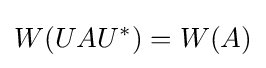
W(UAU^{*})=W(A)